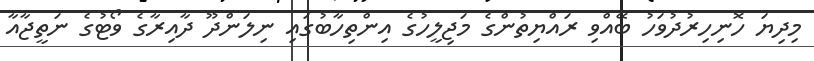
މިދިޔަ ހޮނިހިރުދުވަހު ބޭއްވި ރައްޔިތުންގެ މަޖިލީހުގެ އިންތިހާބުގައި ނިލަންދޫ ދާއިރާގެ ވޯޓުގެ ނަތީޖާއާ